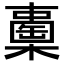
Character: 𣞈